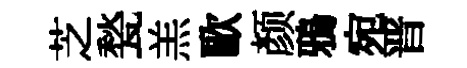
芝甃羔歐颜鴉宛晋